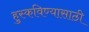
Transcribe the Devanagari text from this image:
हुस्कविण्यासाठी